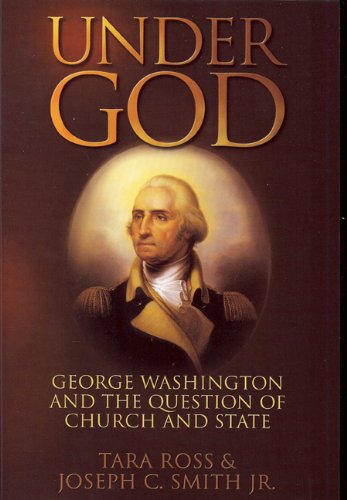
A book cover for Under God: George Washington and the Question of Church and State; Tara Ross; Law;